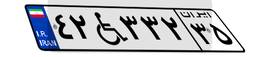
۷۸W۹۹۱۲۲